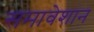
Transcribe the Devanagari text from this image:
समावेशान